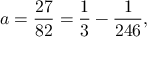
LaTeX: a = { \frac { 2 7 } { 8 2 } } = { \frac { 1 } { 3 } } - { \frac { 1 } { 2 4 6 } } ,